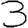
Digit: 3